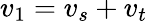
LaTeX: v_{1}=v_{s}+v_{t}